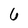
Character: 6